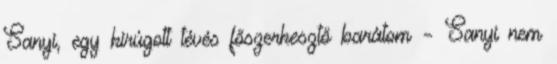
Sanyi, egy kirúgott tévés főszerkesztő barátom – Sanyi nem